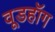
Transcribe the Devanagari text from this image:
वूडहॉग